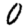
Digit: 0